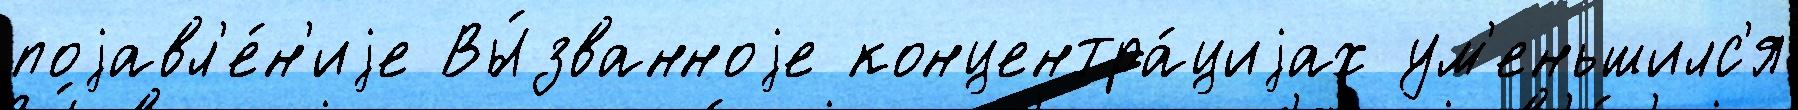
поjавл'е́н'иjе Вы́званноjе концентра́циjах ум'еньшилс'я